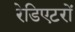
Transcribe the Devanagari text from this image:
रेडिएटरों